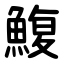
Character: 鰒